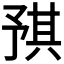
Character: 𪜝